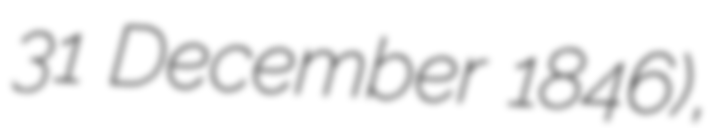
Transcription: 31 December 1846),